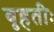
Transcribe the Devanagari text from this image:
बृहतीः